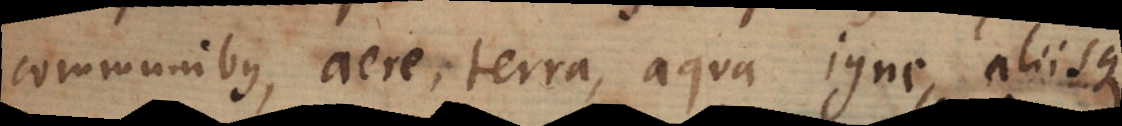
communibus, aere, terra, aqua, igne, aliisque